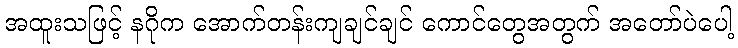
အထူးသဖြင့် နဂိုက အောက်တန်းကျချင်ချင် ကောင်တွေအတွက် အတော်ပဲပေါ့